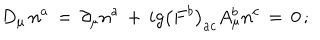
D _ { \mu } \, n ^ { a } \, = \, \partial _ { \mu } n ^ { a } \, + \, i g \left( F ^ { b } \right) _ { a c } A _ { \mu } ^ { b } n ^ { c } \, = \, 0 \, ;